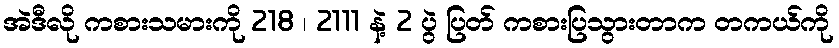
အဲဒီလို ကစားသမားကို 218 ၊ 2111 နဲ့ 2 ပွဲ ပြတ် ကစားပြသွားတာက တကယ်ကို